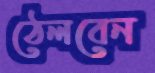
ঠেলবেন